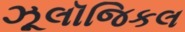
ઝૂલૉજિકલ